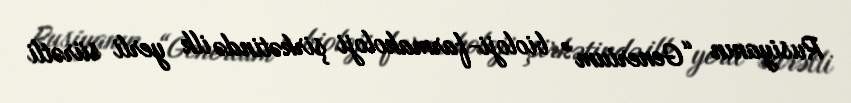
Rusiyanın “Generium” bioloji-farmakoloji şirkətində ilk yerli sürətli